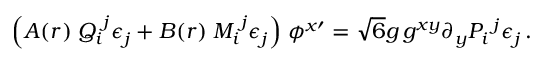
\Big ( A ( r ) \; { Q _ { i } } ^ { j } \epsilon _ { j } + B ( r ) \; { M _ { i } } ^ { j } \epsilon _ { j } \Big ) \; \phi ^ { x \prime } = \sqrt { 6 } g \, g ^ { x y } \partial _ { y } P _ { i } \, ^ { j } \epsilon _ { j } \, .